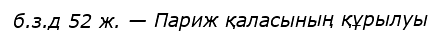
б.з.д 52 ж. — Париж қаласының құрылуы